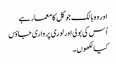
اور وہ بالک جو کل کا معمار ہے
اُس کی بولی اور لوری پر واری جاؤں
کیا لکھوں۔